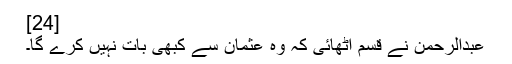
[24]
عبدالرحمن نے قسم اٹھائی کہ وہ عثمان سے کبھی بات نہیں کرے گا۔